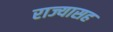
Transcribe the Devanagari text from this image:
राज्यासह